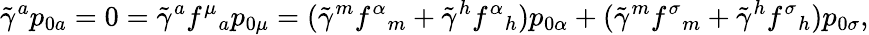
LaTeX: \tilde{\gamma}^{a}p_{0a}=0=\tilde{\gamma}^{a}f^{\mu}{}_{a}p_{0\mu}=(\tilde{\gamma}^{m}f^{\alpha}{}_{m}+\tilde{\gamma}^{h}f^{\alpha}{}_{h})p_{0\alpha}+(\tilde{\gamma}^{m}f^{\sigma}{}_{m}+\tilde{\gamma}^{h}f^{\sigma}{}_{h})p_{0\sigma},